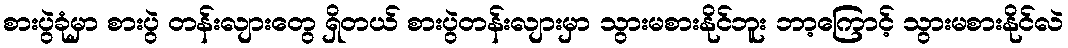
စားပွဲခုံမှာ စားပွဲ တန်းလျားတွေ ရှိတယ် စားပွဲတန်းလျားမှာ သွားမစားနိုင်ဘူး ဘာ့ကြောင့် သွားမစားနိုင်လဲ